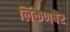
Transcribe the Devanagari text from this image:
लिंकणषैर